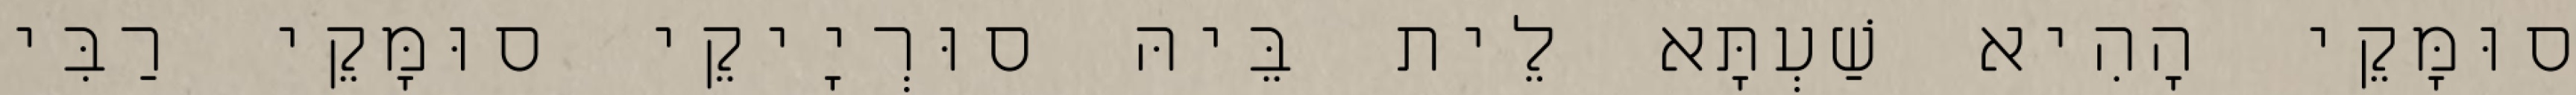
סוּמָּקֵי הָהִיא שַׁעְתָּא לֵית בֵּיהּ סוּרְיָיקֵי סוּמָּקֵי רַבִּי